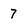
Character: 7